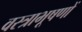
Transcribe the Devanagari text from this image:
वस्‍त्राभूषणों